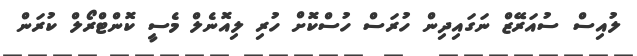
ލުއިސް ސުއަރޭޒް ނަގައިދިން ހުރަސް ހުސްކޮށް ހުރި ލިއޮނެލް މެސީ ކޮންޓްރޯލް ކުރަން